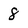
Character: 8